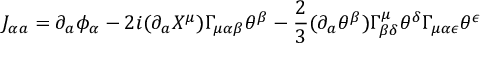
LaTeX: J _ { \alpha a } = \partial _ { a } \phi _ { \alpha } - 2 i ( \partial _ { a } X ^ { \mu } ) \Gamma _ { \mu \alpha \beta } \theta ^ { \beta } - \frac { 2 } { 3 } ( \partial _ { a } \theta ^ { \beta } ) \Gamma _ { \beta \delta } ^ { \mu } \theta ^ { \delta } \Gamma _ { \mu \alpha \epsilon } \theta ^ { \epsilon } \nonumber